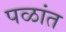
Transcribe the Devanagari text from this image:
पळांत